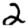
Digit: 2